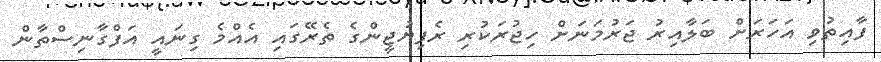
ފާއިތުވި އަހަރަށް ބަލާއިރު ޖަރުމަނަށް ހިޖުރަކުރި ރެފިޔުޖީންގެ ތެރޭގައި އެއްމެ ގިނައީ އަފްގާނިސްތާން